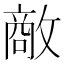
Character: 𪯔